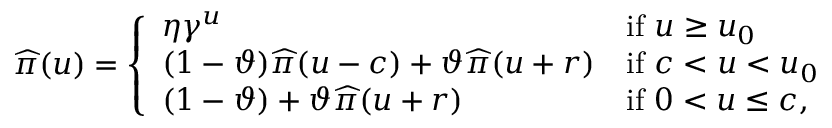
\widehat { \pi } ( u ) = \left\{ \begin{array} { l l } { \eta \gamma ^ { u } } & { \mathrm { i f ~ } u \geq u _ { 0 } } \\ { ( 1 - \vartheta ) \widehat { \pi } ( u - c ) + \vartheta \widehat { \pi } ( u + r ) } & { \mathrm { i f ~ } c < u < u _ { 0 } } \\ { ( 1 - \vartheta ) + \vartheta \widehat { \pi } ( u + r ) } & { \mathrm { i f ~ } 0 < u \leq c , } \end{array} \right.